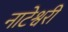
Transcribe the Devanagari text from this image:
नाटेश्वरी